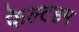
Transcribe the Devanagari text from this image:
फेल्टहम